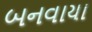
બનવાયા